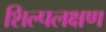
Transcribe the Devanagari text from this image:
शिल्पलक्षण